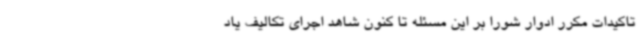
تاکیدات مکرر ادوار شورا بر این مسئله تا کنون شاهد اجرای تکالیف یاد